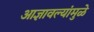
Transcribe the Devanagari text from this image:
आज्ञावल्यांमुळे